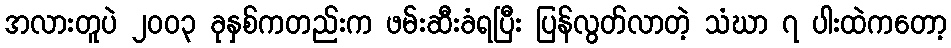
အလားတူပဲ ၂၀၀၃ ခုနှစ်ကတည်းက ဖမ်းဆီးခံရပြီး ပြန်လွတ်လာတဲ့ သံဃာ ၇ ပါးထဲကတော့